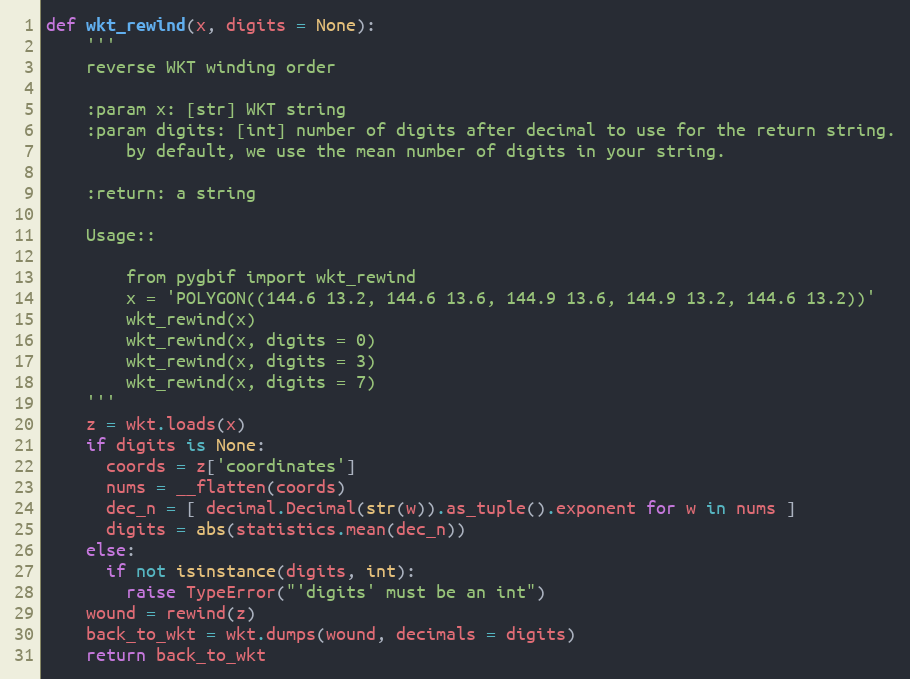
Language: Python
def wkt_rewind(x, digits = None):
    '''
    reverse WKT winding order

    :param x: [str] WKT string
    :param digits: [int] number of digits after decimal to use for the return string.
        by default, we use the mean number of digits in your string.

    :return: a string

    Usage::

        from pygbif import wkt_rewind
        x = 'POLYGON((144.6 13.2, 144.6 13.6, 144.9 13.6, 144.9 13.2, 144.6 13.2))'
        wkt_rewind(x)
        wkt_rewind(x, digits = 0)
        wkt_rewind(x, digits = 3)
        wkt_rewind(x, digits = 7)
    '''
    z = wkt.loads(x)
    if digits is None:
      coords = z['coordinates']
      nums = __flatten(coords)
      dec_n = [ decimal.Decimal(str(w)).as_tuple().exponent for w in nums ]
      digits = abs(statistics.mean(dec_n))
    else:
      if not isinstance(digits, int):
        raise TypeError("'digits' must be an int")
    wound = rewind(z)
    back_to_wkt = wkt.dumps(wound, decimals = digits)
    return back_to_wkt